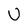
Character: U